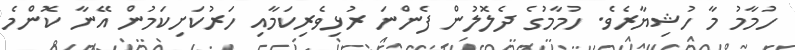
ހުމާމު މާ ހުޝިޔާރެވެ. ހުމާމުގެ ދެލޮލުން ފެންނަ ރުޅިވެރިކަމާއި ހަރުކަށިކަމުން އޭނާ ކޮންމެ